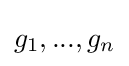
g_{1},...,g_{n}